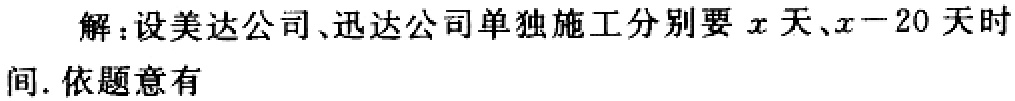
解：设美达公司、迅达公司单独施工分别要\(x\)天、\(x - 20\)天时间. 依题意有